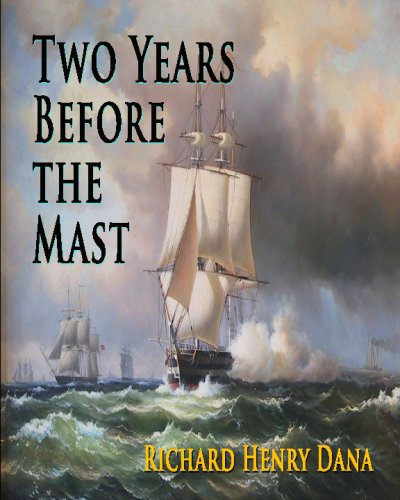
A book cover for Two Years Before The Mast; Richard Henry Dana; History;